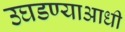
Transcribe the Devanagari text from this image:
उघडण्याआधी